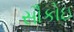
સૌકોઇ